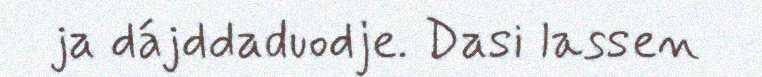
ja dájddaduodje. Dasi lassen